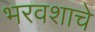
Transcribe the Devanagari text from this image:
भरवशाचे